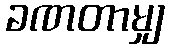
ခဏတာမျှ